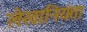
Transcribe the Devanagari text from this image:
लेखानियंता